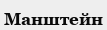
Манштейн